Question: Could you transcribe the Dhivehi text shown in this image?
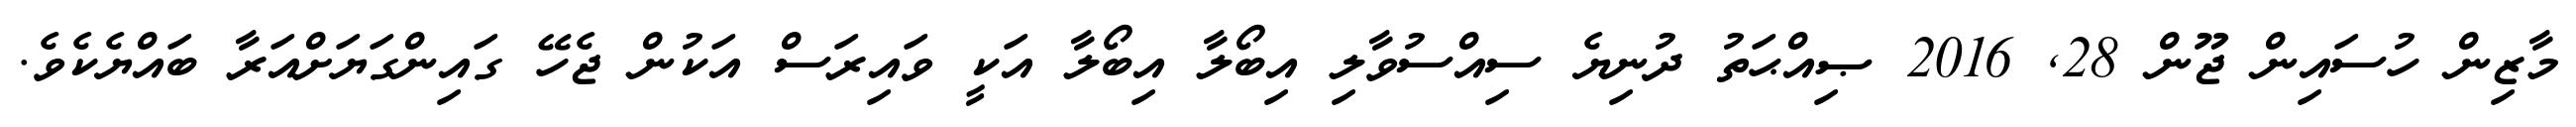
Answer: މާޒިން ހުސައިން ޖޫން 28, 2016 ޞިއްޙަތު ދުނިޔެ ސިއްސުވާލި އިބޯލާ އިބޯލާ އަކީ ވައިރަސް އަކުން ޖެހޭ ގައިންގަޔަށްއަރާ ބައްޔެކެވެ.